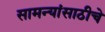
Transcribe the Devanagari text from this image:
सामन्यांसाठीचे